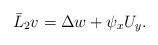
LaTeX: \begin{align*}\bar L_2 v=\Delta w + \psi_x U_y.\end{align*}